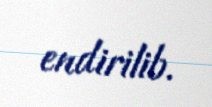
endirilib.